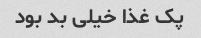
پک غذا خیلی بد بود